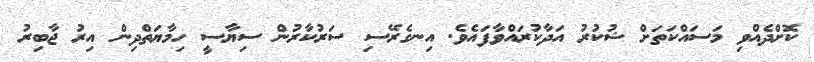
ކޮށްދެއްވި މަސައްކަތަށް ޝުކުރު އަދާކުރައްވާފައެވެ. އިނގެރޭސި ސަރުކާރުން ސިޔާސީ ހިމާޔަތްދިން އިރު ޖާބިރު